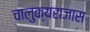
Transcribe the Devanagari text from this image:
चालुक्यराजास